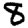
Digit: 8